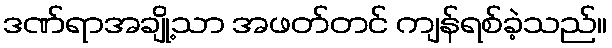
ဒဏ်ရာအချို့သာ အဖတ်တင် ကျန်ရစ်ခဲ့သည်။